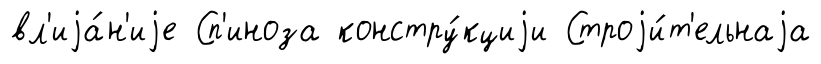
вл'иjа́н'иjе Сп'иноза констру́кциjи Строjи́т'ельнаjа